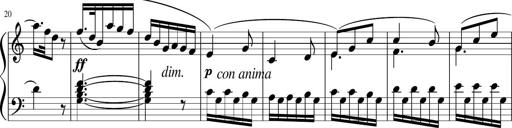
Title: 4 Sonatinas
Composer: Jacob Schmitt